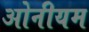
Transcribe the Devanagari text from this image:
ओनीयम